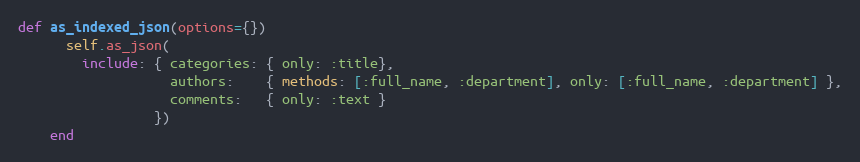
Language: Ruby
def as_indexed_json(options={})
      self.as_json(
        include: { categories: { only: :title},
                   authors:    { methods: [:full_name, :department], only: [:full_name, :department] },
                   comments:   { only: :text }
                 })
    end